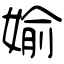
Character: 媮